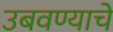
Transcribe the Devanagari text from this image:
उबवण्याचे